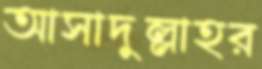
আসাদুল্লাহর